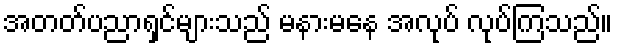
အတတ်ပညာရှင်များသည် မနားမနေ အလုပ် လုပ်ကြသည်။